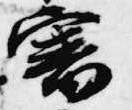
審